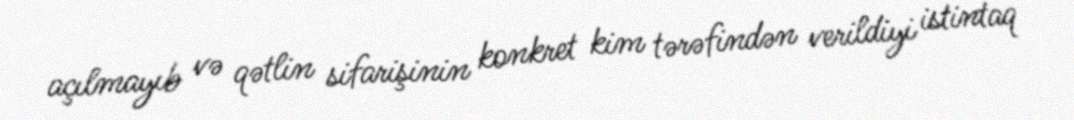
açılmayıb və qətlin sifarişinin konkret kim tərəfindən verildiyi istintaq